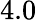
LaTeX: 4.0